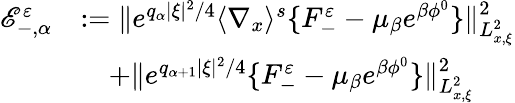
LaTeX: \begin{array}{rl}{\mathscr E_{-,\alpha}^{\varepsilon}}&{:=\| e^{q_{\alpha}|\xi|^{2}/4}\langle\nabla_{x}\rangle^{s}\{ F_{-}^{\varepsilon}-\mu_{\beta}e^{\beta\phi^{0}}\} \| _{L_{x,\xi}^{2}}^{2}}\\ &{\quad+\| e^{q_{\alpha+1}|\xi|^{2}/4}\{ F_{-}^{\varepsilon}-\mu_{\beta}e^{\beta\phi^{0}}\} \| _{L_{x,\xi}^{2}}^{2}}\end{array}